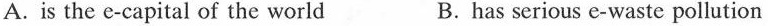
A. is the e-capital of the world B.has serious e-waste pollution